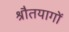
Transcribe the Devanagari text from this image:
श्रौतयागों